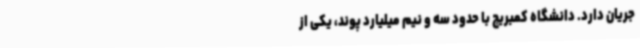
جریان دارد. دانشگاه کمبریج با حدود سه و نیم میلیارد پوند، یکی از